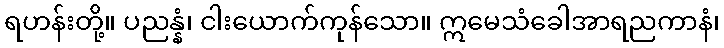
ရဟန်းတို့။ ပညန္နံ၊ ငါးယောက်ကုန်သော။ ဣမေသံခေါအာရညကာနံ၊